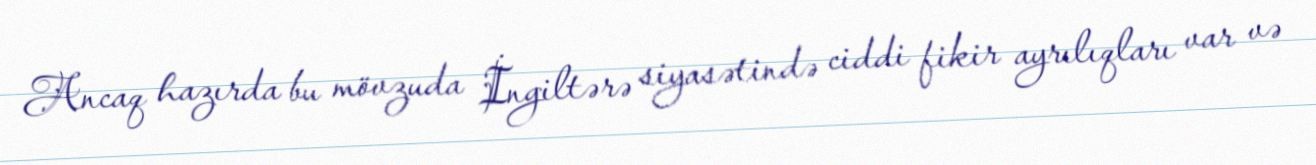
Ancaq hazırda bu mövzuda İngiltərə siyasətində ciddi fikir ayrılıqları var və